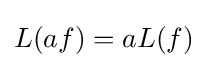
L(af)=aL(f)